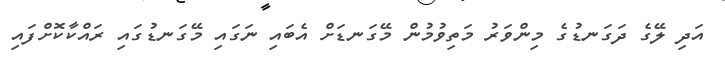
އަދި ލޭގެ ދަގަނޑުގެ މިންވަރު މަތިވުމުން މޭގަނޑަށް އެބައި ނަގައި މޭގަނޑުގައި ރައްކާކޮށްފައި